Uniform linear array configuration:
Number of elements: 16
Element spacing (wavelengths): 0.75
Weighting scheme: binomial
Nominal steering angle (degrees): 60
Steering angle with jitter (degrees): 59.912
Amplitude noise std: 0.05
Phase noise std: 0.05

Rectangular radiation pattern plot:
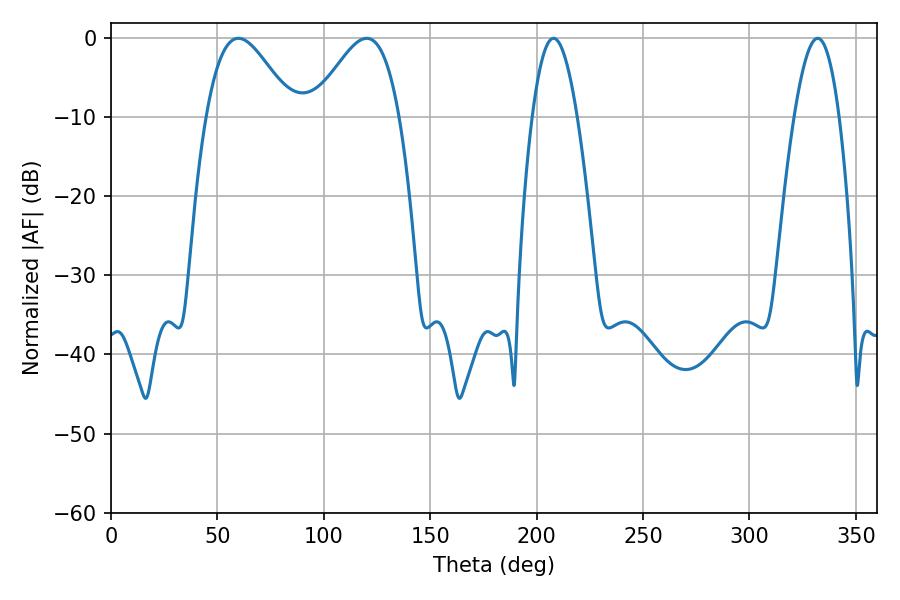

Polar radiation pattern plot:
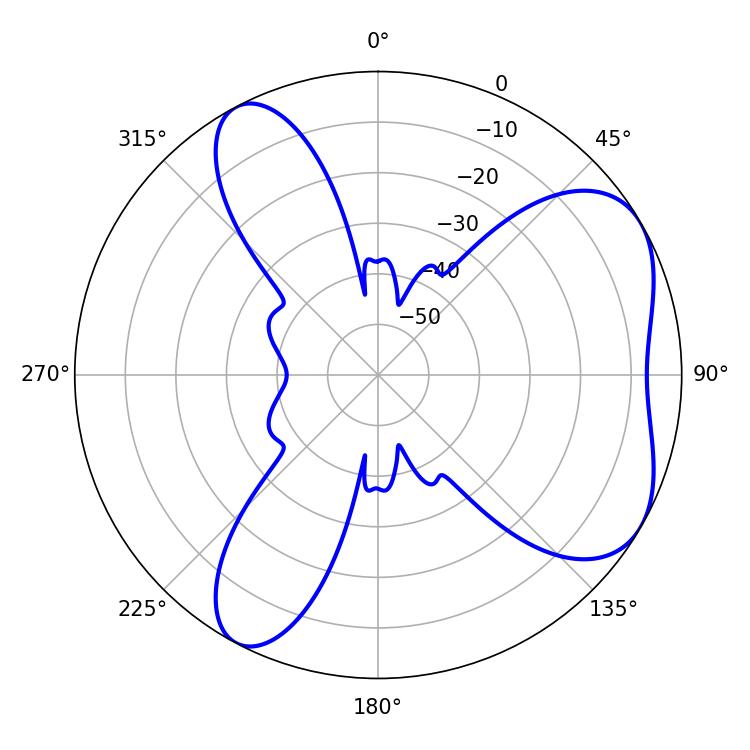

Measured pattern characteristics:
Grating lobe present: TRUE
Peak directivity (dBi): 5.58
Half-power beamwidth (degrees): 11.52
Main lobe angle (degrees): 207.9